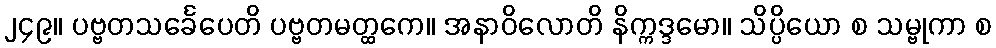
၂၄၉။ ပဗ္ဗတသင်္ခေပေတိ ပဗ္ဗတမတ္ထကေ။ အနာဝိလောတိ နိက္ကဒ္ဒမော။ သိပ္ပိယော စ သမ္ဗုကာ စ